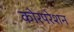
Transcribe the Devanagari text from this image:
कोरपरेशन